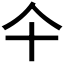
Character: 仐